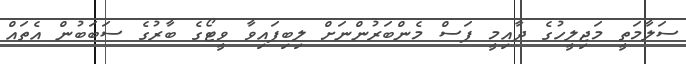
ސަލާމަތީ މަޖިލީހުގެ ދާއިމީ ފަސް މެންބަރުންނަށް ލިބިފައިވާ ވީޓޯގެ ބާރުގެ ސަބަބުން އެތައް